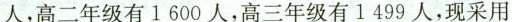
人，高二年级有1600人，高三年级有1 499人，现采用